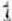
1